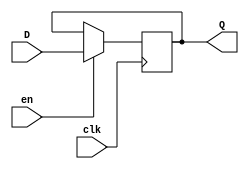
module EFF16 
    (   input en,
        input clk,
        input [15:0] D,
        output reg [15:0] Q);
    
	always @ (posedge clk) 
        begin
            if(en)
                Q <= D;
        end
endmodule